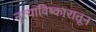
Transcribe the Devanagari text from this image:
नृत्याविष्कारातून